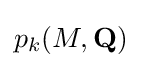
p_{k}(M,\mathbf {Q} )